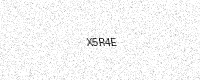
Text: X5R4E